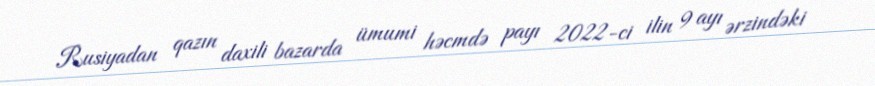
Rusiyadan qazın daxili bazarda ümumi həcmdə payı 2022-ci ilin 9 ayı ərzindəki